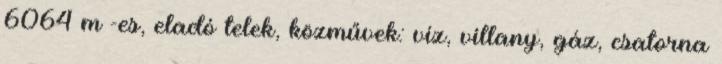
6064 m²-es, eladó telek, közművek: víz, villany, gáz, csatorna